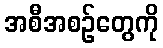
အစီအစဉ်တွေကို